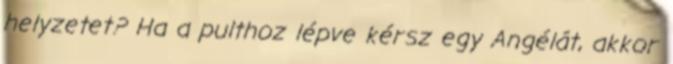
helyzetet? Ha a pulthoz lépve kérsz egy Angélát, akkor